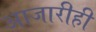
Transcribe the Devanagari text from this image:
आजारीही